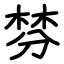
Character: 棼